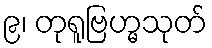
၉၊ တုရူဗြဟ္မသုတ်